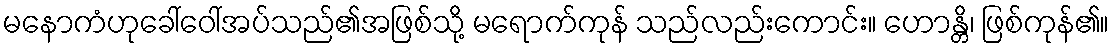
မနောကံဟုခေါ်ဝေါ်အပ်သည်၏အဖြစ်သို့ မရောက်ကုန် သည်လည်းကောင်း။ ဟောန္တိ၊ ဖြစ်ကုန်၏။